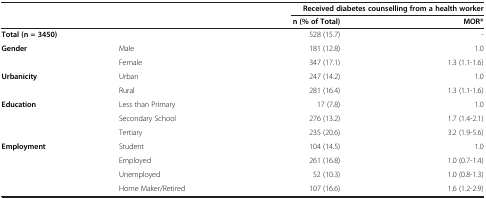
|  |  | <COLSPAN=2> Received diabetes counselling from a health worker |
 |  |  | n (% of Total) | MOR* |
 | --- | --- | --- | --- |
 | Total (n = 3450) |  | 528 (15.7) | - |
 | Gender | Male | 181 (12.8) | 1.0 |
 |  | Female | 347 (17.1) | 1.3 (1.1-1.6) |
 | Urbanicity | Urban | 247 (14.2) | 1.0 |
 |  | Rural | 281 (16.4) | 1.3 (1.1-1.6) |
 | Education | Less than Primary | 17 (7.8) | 1.0 |
 |  | Secondary School | 276 (13.2) | 1.7 (1.4-2.1) |
 |  | Tertiary | 235 (20.6) | 3.2 (1.9-5.6) |
 | Employment | Student | 104 (14.5) | 1.0 |
 |  | Employed | 261 (16.8) | 1.0 (0.7-1.4) |
 |  | Unemployed | 52 (10.3) | 1.0 (0.8-1.3) |
 |  | Home Maker/Retired | 107 (16.6) | 1.6 (1.2-2.9) |